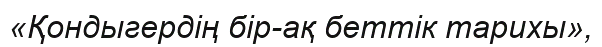
«Қондыгердің бір-ақ беттік тарихы»,